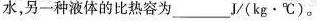
水，另一种液体的比热容为___J/（kg\cdot℃）。